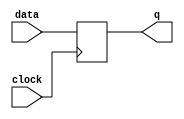
module level_sensitive_latch (
    input data,
    input clock,
    output reg q
);

always @(posedge clock) begin
    if (clock == 1'b1) begin
        q <= data;
    end
end

endmodule